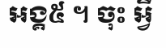
អង្គ៥ ។ ចុះ អ្វី